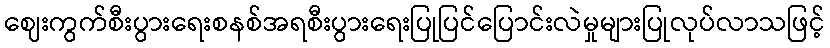
ဈေးကွက်စီးပွားရေးစနစ်အရစီးပွားရေးပြုပြင်ပြောင်းလဲမှုများပြုလုပ်လာသဖြင့်